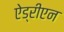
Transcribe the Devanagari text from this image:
ऐड्रीएन